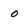
Character: 0